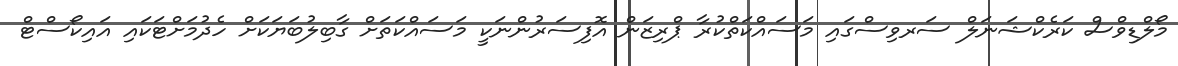
މޯލްޑިވްސް ކަރެކްޝަނަލް ސަރވިސްގައި މަސައްކަތްކުރާ ޕްރިޒަން އޮފިސަރުންނަކީ މަސައްކަތަށް ގާބިލުބަޔަކަށް ހެދުމަށްޓަކައި އައިކޯސްޓް